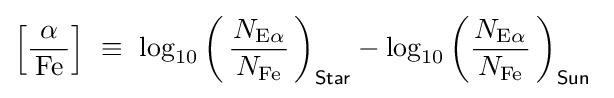
\left[{\frac {\alpha }{\,{\ce {Fe}}\,}}\right]~\equiv ~\log _{10}{\left(\,{\frac {N_{\mathrm {E} \alpha }}{\,N_{{\ce {Fe}}}\,}}\,\right)_{\mathsf {Star}}}-\log _{10}{\left({\frac {N_{\mathrm {E} \alpha }}{\,N_{{\ce {Fe}}}\,}}\,\right)_{\mathsf {Sun}}}~